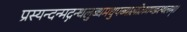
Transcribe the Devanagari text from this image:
प्रस्यन्दन्मद्गन्धलुब्धमधुपब्यालोलगण्डस्थलम्।